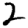
Digit: 2